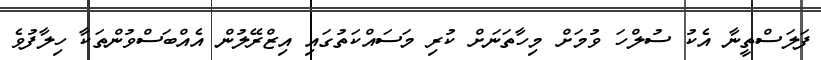
ފަލަސްތީނާ އެކު ސުލްހަ ވުމަށް މިހާތަނަށް ކުރި މަސައްކަތުގައި އިޒްރޭލުން އެއްބަސްވުންތަކާ ހިލާފުވެ